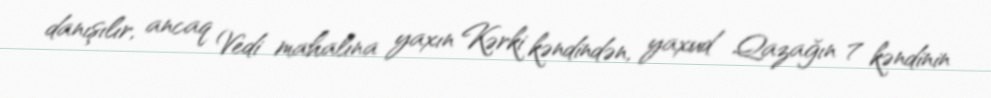
danışılır, ancaq Vedi mahalına yaxın Kərki kəndindən, yaxud Qazağın 7 kəndinin